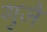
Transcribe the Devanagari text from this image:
गुजै